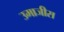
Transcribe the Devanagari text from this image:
उमाजीस